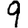
Digit: 9